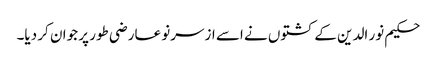
حکیم نور الدین کے کشتوں نے اسے ازسرنو عارضی طور پر جوان کر دیا۔